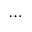
. . .